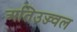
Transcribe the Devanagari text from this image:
अतिउज्ज्वल